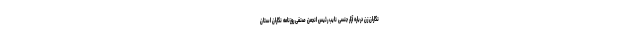
نگاران زن درباره آزار جنسی نایب رئیس انجمن صنفی روزنامه نگاران استان